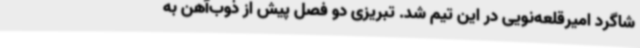
شاگرد امیرقلعه‌نویی در این تیم شد. تبریزی دو فصل پیش از ذوب‌آهن به